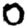
Digit: 0